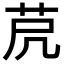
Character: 𦭀